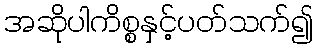
အဆိုပါကိစ္စနှင့်ပတ်သက်၍